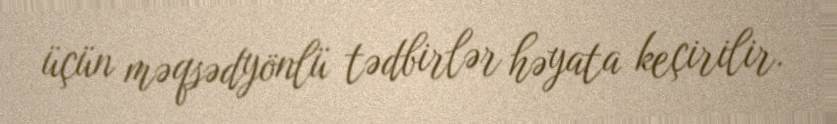
üçün məqsədyönlü tədbirlər həyata keçirilir.